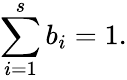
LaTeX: \sum_{i=1}^{s}b_{i}=1.